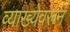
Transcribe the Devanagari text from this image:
व्याख्येवरून